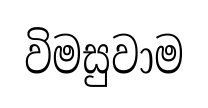
විමසුවාම